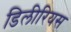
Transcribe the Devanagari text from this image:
डिलीरियस